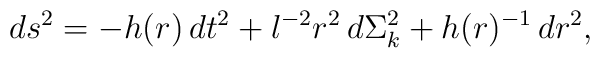
ds^2=-h(r)\,dt^2+l^{-2} r^2\, d\Sigma_k^2+h(r)^{-1}\,dr^2,